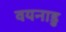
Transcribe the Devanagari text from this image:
वयनाडु